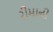
રીમાની